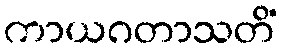
ကာယဂတာသတိံ